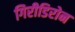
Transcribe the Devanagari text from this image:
गिरीडिरोन